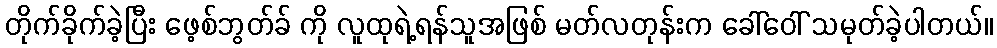
တိုက်ခိုက်ခဲ့ပြီး ဖေ့စ်ဘွတ်ခ် ကို လူထုရဲ့ရန်သူအဖြစ် မတ်လတုန်းက ခေါ်ဝေါ် သမုတ်ခဲ့ပါတယ်။